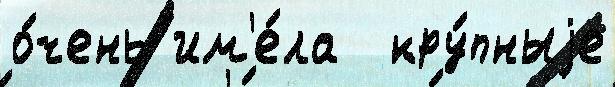
о́чень им'е́ла  кру́пныjе